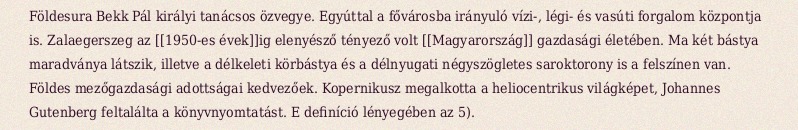
Földesura Bekk Pál királyi tanácsos özvegye. Egyúttal a fővárosba irányuló vízi-, légi- és vasúti forgalom központja is. Zalaegerszeg az [[1950-es évek]]ig elenyésző tényező volt [[Magyarország]] gazdasági életében. Ma két bástya maradványa látszik, illetve a délkeleti körbástya és a délnyugati négyszögletes saroktorony is a felszínen van. Földes mezőgazdasági adottságai kedvezőek. Kopernikusz megalkotta a heliocentrikus világképet, Johannes Gutenberg feltalálta a könyvnyomtatást. E definíció lényegében az 5).